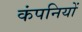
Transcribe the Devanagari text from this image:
कंपनियों